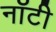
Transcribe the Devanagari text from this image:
नॉटी